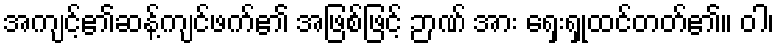
အကျင့်၏ဆန့်ကျင်ဖက်၏ အဖြစ်ဖြင့် ဉာဏ် အား ရှေးရှုထင်တတ်၏။ ဝါ၊